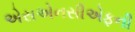
એસએનસીએફની